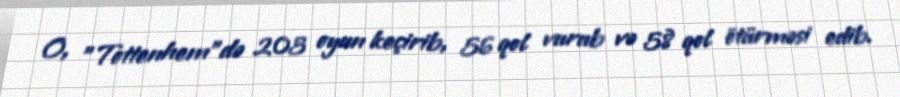
O, "Tottenhem"də 203 oyun keçirib, 56 qol vurub və 58 qol ötürməsi edib.